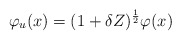
\begin{align*}\varphi_{u}(x)= (1+\delta Z)^{\frac{1}{2}}\varphi(x)\end{align*}